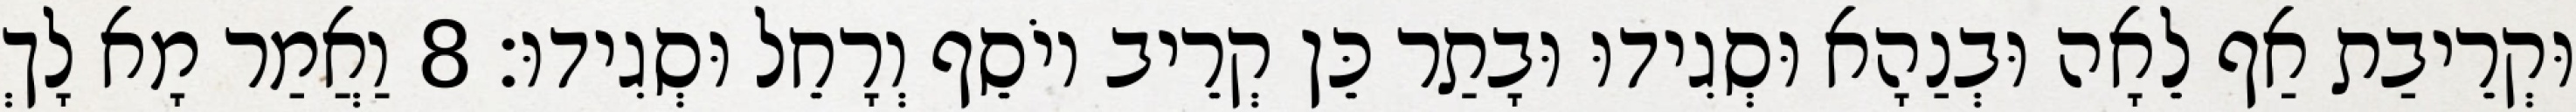
וּקְרֵיבַת אַף לֵאָה וּבְנַהָא וּסְגִידוּ וּבָתַר כֵּן קְרֵיב יוֹסֵף וְרָחֵל וּסְגִידוּ׃ 8 וַאֲמַר מָא לָךְ